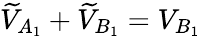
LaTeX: \widetilde{V}_{A_{1}}+\widetilde{V}_{B_{1}}=V_{B_{1}}